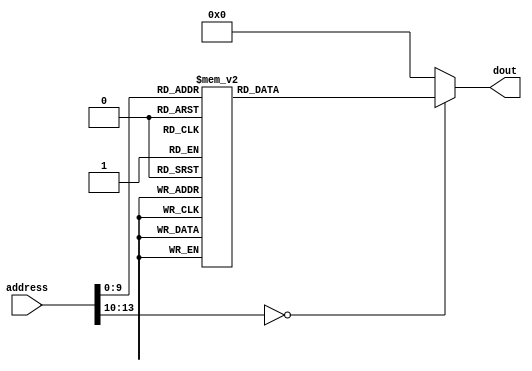
module jedi_lut (
	output reg [15:0] dout,
	input [13:0] address
);

	// Todo: dout could be only 12 bits ?

	always @(address)
	begin
		case (address)
		14'd0 : dout <=  16'd2;
		14'd1 : dout <=  16'd6;
		14'd2 : dout <=  16'd10;
		14'd3 : dout <=  16'd14;
		14'd4 : dout <=  16'd18;
		14'd5 : dout <=  16'd22;
		14'd6 : dout <=  16'd26;
		14'd7 : dout <=  16'd30;
		14'd8 : dout <= -16'd2;
		14'd9 : dout <= -16'd6;
		14'd10 : dout <= -16'd10;
		14'd11 : dout <= -16'd14;
		14'd12 : dout <= -16'd18;
		14'd13 : dout <= -16'd22;
		14'd14 : dout <= -16'd26;
		14'd15 : dout <= -16'd30;
		14'd16 : dout <=  16'd2;
		14'd17 : dout <=  16'd6;
		14'd18 : dout <=  16'd10;
		14'd19 : dout <=  16'd14;
		14'd20 : dout <=  16'd19;
		14'd21 : dout <=  16'd23;
		14'd22 : dout <=  16'd27;
		14'd23 : dout <=  16'd31;
		14'd24 : dout <= -16'd2;
		14'd25 : dout <= -16'd6;
		14'd26 : dout <= -16'd10;
		14'd27 : dout <= -16'd14;
		14'd28 : dout <= -16'd19;
		14'd29 : dout <= -16'd23;
		14'd30 : dout <= -16'd27;
		14'd31 : dout <= -16'd31;
		14'd32 : dout <=  16'd2;
		14'd33 : dout <=  16'd7;
		14'd34 : dout <=  16'd11;
		14'd35 : dout <=  16'd16;
		14'd36 : dout <=  16'd21;
		14'd37 : dout <=  16'd26;
		14'd38 : dout <=  16'd30;
		14'd39 : dout <=  16'd35;
		14'd40 : dout <= -16'd2;
		14'd41 : dout <= -16'd7;
		14'd42 : dout <= -16'd11;
		14'd43 : dout <= -16'd16;
		14'd44 : dout <= -16'd21;
		14'd45 : dout <= -16'd26;
		14'd46 : dout <= -16'd30;
		14'd47 : dout <= -16'd35;
		14'd48 : dout <=  16'd2;
		14'd49 : dout <=  16'd7;
		14'd50 : dout <=  16'd13;
		14'd51 : dout <=  16'd18;
		14'd52 : dout <=  16'd23;
		14'd53 : dout <=  16'd28;
		14'd54 : dout <=  16'd34;
		14'd55 : dout <=  16'd39;
		14'd56 : dout <= -16'd2;
		14'd57 : dout <= -16'd7;
		14'd58 : dout <= -16'd13;
		14'd59 : dout <= -16'd18;
		14'd60 : dout <= -16'd23;
		14'd61 : dout <= -16'd28;
		14'd62 : dout <= -16'd34;
		14'd63 : dout <= -16'd39;
		14'd64 : dout <=  16'd2;
		14'd65 : dout <=  16'd8;
		14'd66 : dout <=  16'd14;
		14'd67 : dout <=  16'd20;
		14'd68 : dout <=  16'd25;
		14'd69 : dout <=  16'd31;
		14'd70 : dout <=  16'd37;
		14'd71 : dout <=  16'd43;
		14'd72 : dout <= -16'd2;
		14'd73 : dout <= -16'd8;
		14'd74 : dout <= -16'd14;
		14'd75 : dout <= -16'd20;
		14'd76 : dout <= -16'd25;
		14'd77 : dout <= -16'd31;
		14'd78 : dout <= -16'd37;
		14'd79 : dout <= -16'd43;
		14'd80 : dout <=  16'd3;
		14'd81 : dout <=  16'd9;
		14'd82 : dout <=  16'd15;
		14'd83 : dout <=  16'd21;
		14'd84 : dout <=  16'd28;
		14'd85 : dout <=  16'd34;
		14'd86 : dout <=  16'd40;
		14'd87 : dout <=  16'd46;
		14'd88 : dout <= -16'd3;
		14'd89 : dout <= -16'd9;
		14'd90 : dout <= -16'd15;
		14'd91 : dout <= -16'd21;
		14'd92 : dout <= -16'd28;
		14'd93 : dout <= -16'd34;
		14'd94 : dout <= -16'd40;
		14'd95 : dout <= -16'd46;
		14'd96 : dout <=  16'd3;
		14'd97 : dout <=  16'd10;
		14'd98 : dout <=  16'd17;
		14'd99 : dout <=  16'd24;
		14'd100 : dout <=  16'd31;
		14'd101 : dout <=  16'd38;
		14'd102 : dout <=  16'd45;
		14'd103 : dout <=  16'd52;
		14'd104 : dout <= -16'd3;
		14'd105 : dout <= -16'd10;
		14'd106 : dout <= -16'd17;
		14'd107 : dout <= -16'd24;
		14'd108 : dout <= -16'd31;
		14'd109 : dout <= -16'd38;
		14'd110 : dout <= -16'd45;
		14'd111 : dout <= -16'd52;
		14'd112 : dout <=  16'd3;
		14'd113 : dout <=  16'd11;
		14'd114 : dout <=  16'd19;
		14'd115 : dout <=  16'd27;
		14'd116 : dout <=  16'd34;
		14'd117 : dout <=  16'd42;
		14'd118 : dout <=  16'd50;
		14'd119 : dout <=  16'd58;
		14'd120 : dout <= -16'd3;
		14'd121 : dout <= -16'd11;
		14'd122 : dout <= -16'd19;
		14'd123 : dout <= -16'd27;
		14'd124 : dout <= -16'd34;
		14'd125 : dout <= -16'd42;
		14'd126 : dout <= -16'd50;
		14'd127 : dout <= -16'd58;
		14'd128 : dout <=  16'd4;
		14'd129 : dout <=  16'd12;
		14'd130 : dout <=  16'd21;
		14'd131 : dout <=  16'd29;
		14'd132 : dout <=  16'd38;
		14'd133 : dout <=  16'd46;
		14'd134 : dout <=  16'd55;
		14'd135 : dout <=  16'd63;
		14'd136 : dout <= -16'd4;
		14'd137 : dout <= -16'd12;
		14'd138 : dout <= -16'd21;
		14'd139 : dout <= -16'd29;
		14'd140 : dout <= -16'd38;
		14'd141 : dout <= -16'd46;
		14'd142 : dout <= -16'd55;
		14'd143 : dout <= -16'd63;
		14'd144 : dout <=  16'd4;
		14'd145 : dout <=  16'd13;
		14'd146 : dout <=  16'd23;
		14'd147 : dout <=  16'd32;
		14'd148 : dout <=  16'd41;
		14'd149 : dout <=  16'd50;
		14'd150 : dout <=  16'd60;
		14'd151 : dout <=  16'd69;
		14'd152 : dout <= -16'd4;
		14'd153 : dout <= -16'd13;
		14'd154 : dout <= -16'd23;
		14'd155 : dout <= -16'd32;
		14'd156 : dout <= -16'd41;
		14'd157 : dout <= -16'd50;
		14'd158 : dout <= -16'd60;
		14'd159 : dout <= -16'd69;
		14'd160 : dout <=  16'd5;
		14'd161 : dout <=  16'd15;
		14'd162 : dout <=  16'd25;
		14'd163 : dout <=  16'd35;
		14'd164 : dout <=  16'd46;
		14'd165 : dout <=  16'd56;
		14'd166 : dout <=  16'd66;
		14'd167 : dout <=  16'd76;
		14'd168 : dout <= -16'd5;
		14'd169 : dout <= -16'd15;
		14'd170 : dout <= -16'd25;
		14'd171 : dout <= -16'd35;
		14'd172 : dout <= -16'd46;
		14'd173 : dout <= -16'd56;
		14'd174 : dout <= -16'd66;
		14'd175 : dout <= -16'd76;
		14'd176 : dout <=  16'd5;
		14'd177 : dout <=  16'd16;
		14'd178 : dout <=  16'd28;
		14'd179 : dout <=  16'd39;
		14'd180 : dout <=  16'd50;
		14'd181 : dout <=  16'd61;
		14'd182 : dout <=  16'd73;
		14'd183 : dout <=  16'd84;
		14'd184 : dout <= -16'd5;
		14'd185 : dout <= -16'd16;
		14'd186 : dout <= -16'd28;
		14'd187 : dout <= -16'd39;
		14'd188 : dout <= -16'd50;
		14'd189 : dout <= -16'd61;
		14'd190 : dout <= -16'd73;
		14'd191 : dout <= -16'd84;
		14'd192 : dout <=  16'd6;
		14'd193 : dout <=  16'd18;
		14'd194 : dout <=  16'd31;
		14'd195 : dout <=  16'd43;
		14'd196 : dout <=  16'd56;
		14'd197 : dout <=  16'd68;
		14'd198 : dout <=  16'd81;
		14'd199 : dout <=  16'd93;
		14'd200 : dout <= -16'd6;
		14'd201 : dout <= -16'd18;
		14'd202 : dout <= -16'd31;
		14'd203 : dout <= -16'd43;
		14'd204 : dout <= -16'd56;
		14'd205 : dout <= -16'd68;
		14'd206 : dout <= -16'd81;
		14'd207 : dout <= -16'd93;
		14'd208 : dout <=  16'd6;
		14'd209 : dout <=  16'd20;
		14'd210 : dout <=  16'd34;
		14'd211 : dout <=  16'd48;
		14'd212 : dout <=  16'd61;
		14'd213 : dout <=  16'd75;
		14'd214 : dout <=  16'd89;
		14'd215 : dout <=  16'd103;
		14'd216 : dout <= -16'd6;
		14'd217 : dout <= -16'd20;
		14'd218 : dout <= -16'd34;
		14'd219 : dout <= -16'd48;
		14'd220 : dout <= -16'd61;
		14'd221 : dout <= -16'd75;
		14'd222 : dout <= -16'd89;
		14'd223 : dout <= -16'd103;
		14'd224 : dout <=  16'd7;
		14'd225 : dout <=  16'd22;
		14'd226 : dout <=  16'd37;
		14'd227 : dout <=  16'd52;
		14'd228 : dout <=  16'd67;
		14'd229 : dout <=  16'd82;
		14'd230 : dout <=  16'd97;
		14'd231 : dout <=  16'd112;
		14'd232 : dout <= -16'd7;
		14'd233 : dout <= -16'd22;
		14'd234 : dout <= -16'd37;
		14'd235 : dout <= -16'd52;
		14'd236 : dout <= -16'd67;
		14'd237 : dout <= -16'd82;
		14'd238 : dout <= -16'd97;
		14'd239 : dout <= -16'd112;
		14'd240 : dout <=  16'd8;
		14'd241 : dout <=  16'd24;
		14'd242 : dout <=  16'd41;
		14'd243 : dout <=  16'd57;
		14'd244 : dout <=  16'd74;
		14'd245 : dout <=  16'd90;
		14'd246 : dout <=  16'd107;
		14'd247 : dout <=  16'd123;
		14'd248 : dout <= -16'd8;
		14'd249 : dout <= -16'd24;
		14'd250 : dout <= -16'd41;
		14'd251 : dout <= -16'd57;
		14'd252 : dout <= -16'd74;
		14'd253 : dout <= -16'd90;
		14'd254 : dout <= -16'd107;
		14'd255 : dout <= -16'd123;
		14'd256 : dout <=  16'd9;
		14'd257 : dout <=  16'd27;
		14'd258 : dout <=  16'd45;
		14'd259 : dout <=  16'd63;
		14'd260 : dout <=  16'd82;
		14'd261 : dout <=  16'd100;
		14'd262 : dout <=  16'd118;
		14'd263 : dout <=  16'd136;
		14'd264 : dout <= -16'd9;
		14'd265 : dout <= -16'd27;
		14'd266 : dout <= -16'd45;
		14'd267 : dout <= -16'd63;
		14'd268 : dout <= -16'd82;
		14'd269 : dout <= -16'd100;
		14'd270 : dout <= -16'd118;
		14'd271 : dout <= -16'd136;
		14'd272 : dout <=  16'd10;
		14'd273 : dout <=  16'd30;
		14'd274 : dout <=  16'd50;
		14'd275 : dout <=  16'd70;
		14'd276 : dout <=  16'd90;
		14'd277 : dout <=  16'd110;
		14'd278 : dout <=  16'd130;
		14'd279 : dout <=  16'd150;
		14'd280 : dout <= -16'd10;
		14'd281 : dout <= -16'd30;
		14'd282 : dout <= -16'd50;
		14'd283 : dout <= -16'd70;
		14'd284 : dout <= -16'd90;
		14'd285 : dout <= -16'd110;
		14'd286 : dout <= -16'd130;
		14'd287 : dout <= -16'd150;
		14'd288 : dout <=  16'd11;
		14'd289 : dout <=  16'd33;
		14'd290 : dout <=  16'd55;
		14'd291 : dout <=  16'd77;
		14'd292 : dout <=  16'd99;
		14'd293 : dout <=  16'd121;
		14'd294 : dout <=  16'd143;
		14'd295 : dout <=  16'd165;
		14'd296 : dout <= -16'd11;
		14'd297 : dout <= -16'd33;
		14'd298 : dout <= -16'd55;
		14'd299 : dout <= -16'd77;
		14'd300 : dout <= -16'd99;
		14'd301 : dout <= -16'd121;
		14'd302 : dout <= -16'd143;
		14'd303 : dout <= -16'd165;
		14'd304 : dout <=  16'd12;
		14'd305 : dout <=  16'd36;
		14'd306 : dout <=  16'd60;
		14'd307 : dout <=  16'd84;
		14'd308 : dout <=  16'd109;
		14'd309 : dout <=  16'd133;
		14'd310 : dout <=  16'd157;
		14'd311 : dout <=  16'd181;
		14'd312 : dout <= -16'd12;
		14'd313 : dout <= -16'd36;
		14'd314 : dout <= -16'd60;
		14'd315 : dout <= -16'd84;
		14'd316 : dout <= -16'd109;
		14'd317 : dout <= -16'd133;
		14'd318 : dout <= -16'd157;
		14'd319 : dout <= -16'd181;
		14'd320 : dout <=  16'd13;
		14'd321 : dout <=  16'd40;
		14'd322 : dout <=  16'd66;
		14'd323 : dout <=  16'd93;
		14'd324 : dout <=  16'd120;
		14'd325 : dout <=  16'd147;
		14'd326 : dout <=  16'd173;
		14'd327 : dout <=  16'd200;
		14'd328 : dout <= -16'd13;
		14'd329 : dout <= -16'd40;
		14'd330 : dout <= -16'd66;
		14'd331 : dout <= -16'd93;
		14'd332 : dout <= -16'd120;
		14'd333 : dout <= -16'd147;
		14'd334 : dout <= -16'd173;
		14'd335 : dout <= -16'd200;
		14'd336 : dout <=  16'd14;
		14'd337 : dout <=  16'd44;
		14'd338 : dout <=  16'd73;
		14'd339 : dout <=  16'd103;
		14'd340 : dout <=  16'd132;
		14'd341 : dout <=  16'd162;
		14'd342 : dout <=  16'd191;
		14'd343 : dout <=  16'd221;
		14'd344 : dout <= -16'd14;
		14'd345 : dout <= -16'd44;
		14'd346 : dout <= -16'd73;
		14'd347 : dout <= -16'd103;
		14'd348 : dout <= -16'd132;
		14'd349 : dout <= -16'd162;
		14'd350 : dout <= -16'd191;
		14'd351 : dout <= -16'd221;
		14'd352 : dout <=  16'd16;
		14'd353 : dout <=  16'd48;
		14'd354 : dout <=  16'd81;
		14'd355 : dout <=  16'd113;
		14'd356 : dout <=  16'd146;
		14'd357 : dout <=  16'd178;
		14'd358 : dout <=  16'd211;
		14'd359 : dout <=  16'd243;
		14'd360 : dout <= -16'd16;
		14'd361 : dout <= -16'd48;
		14'd362 : dout <= -16'd81;
		14'd363 : dout <= -16'd113;
		14'd364 : dout <= -16'd146;
		14'd365 : dout <= -16'd178;
		14'd366 : dout <= -16'd211;
		14'd367 : dout <= -16'd243;
		14'd368 : dout <=  16'd17;
		14'd369 : dout <=  16'd53;
		14'd370 : dout <=  16'd89;
		14'd371 : dout <=  16'd125;
		14'd372 : dout <=  16'd160;
		14'd373 : dout <=  16'd196;
		14'd374 : dout <=  16'd232;
		14'd375 : dout <=  16'd268;
		14'd376 : dout <= -16'd17;
		14'd377 : dout <= -16'd53;
		14'd378 : dout <= -16'd89;
		14'd379 : dout <= -16'd125;
		14'd380 : dout <= -16'd160;
		14'd381 : dout <= -16'd196;
		14'd382 : dout <= -16'd232;
		14'd383 : dout <= -16'd268;
		14'd384 : dout <=  16'd19;
		14'd385 : dout <=  16'd58;
		14'd386 : dout <=  16'd98;
		14'd387 : dout <=  16'd137;
		14'd388 : dout <=  16'd176;
		14'd389 : dout <=  16'd215;
		14'd390 : dout <=  16'd255;
		14'd391 : dout <=  16'd294;
		14'd392 : dout <= -16'd19;
		14'd393 : dout <= -16'd58;
		14'd394 : dout <= -16'd98;
		14'd395 : dout <= -16'd137;
		14'd396 : dout <= -16'd176;
		14'd397 : dout <= -16'd215;
		14'd398 : dout <= -16'd255;
		14'd399 : dout <= -16'd294;
		14'd400 : dout <=  16'd21;
		14'd401 : dout <=  16'd64;
		14'd402 : dout <=  16'd108;
		14'd403 : dout <=  16'd151;
		14'd404 : dout <=  16'd194;
		14'd405 : dout <=  16'd237;
		14'd406 : dout <=  16'd281;
		14'd407 : dout <=  16'd324;
		14'd408 : dout <= -16'd21;
		14'd409 : dout <= -16'd64;
		14'd410 : dout <= -16'd108;
		14'd411 : dout <= -16'd151;
		14'd412 : dout <= -16'd194;
		14'd413 : dout <= -16'd237;
		14'd414 : dout <= -16'd281;
		14'd415 : dout <= -16'd324;
		14'd416 : dout <=  16'd23;
		14'd417 : dout <=  16'd71;
		14'd418 : dout <=  16'd118;
		14'd419 : dout <=  16'd166;
		14'd420 : dout <=  16'd213;
		14'd421 : dout <=  16'd261;
		14'd422 : dout <=  16'd308;
		14'd423 : dout <=  16'd356;
		14'd424 : dout <= -16'd23;
		14'd425 : dout <= -16'd71;
		14'd426 : dout <= -16'd118;
		14'd427 : dout <= -16'd166;
		14'd428 : dout <= -16'd213;
		14'd429 : dout <= -16'd261;
		14'd430 : dout <= -16'd308;
		14'd431 : dout <= -16'd356;
		14'd432 : dout <=  16'd26;
		14'd433 : dout <=  16'd78;
		14'd434 : dout <=  16'd130;
		14'd435 : dout <=  16'd182;
		14'd436 : dout <=  16'd235;
		14'd437 : dout <=  16'd287;
		14'd438 : dout <=  16'd339;
		14'd439 : dout <=  16'd391;
		14'd440 : dout <= -16'd26;
		14'd441 : dout <= -16'd78;
		14'd442 : dout <= -16'd130;
		14'd443 : dout <= -16'd182;
		14'd444 : dout <= -16'd235;
		14'd445 : dout <= -16'd287;
		14'd446 : dout <= -16'd339;
		14'd447 : dout <= -16'd391;
		14'd448 : dout <=  16'd28;
		14'd449 : dout <=  16'd86;
		14'd450 : dout <=  16'd143;
		14'd451 : dout <=  16'd201;
		14'd452 : dout <=  16'd258;
		14'd453 : dout <=  16'd316;
		14'd454 : dout <=  16'd373;
		14'd455 : dout <=  16'd431;
		14'd456 : dout <= -16'd28;
		14'd457 : dout <= -16'd86;
		14'd458 : dout <= -16'd143;
		14'd459 : dout <= -16'd201;
		14'd460 : dout <= -16'd258;
		14'd461 : dout <= -16'd316;
		14'd462 : dout <= -16'd373;
		14'd463 : dout <= -16'd431;
		14'd464 : dout <=  16'd31;
		14'd465 : dout <=  16'd94;
		14'd466 : dout <=  16'd158;
		14'd467 : dout <=  16'd221;
		14'd468 : dout <=  16'd284;
		14'd469 : dout <=  16'd347;
		14'd470 : dout <=  16'd411;
		14'd471 : dout <=  16'd474;
		14'd472 : dout <= -16'd31;
		14'd473 : dout <= -16'd94;
		14'd474 : dout <= -16'd158;
		14'd475 : dout <= -16'd221;
		14'd476 : dout <= -16'd284;
		14'd477 : dout <= -16'd347;
		14'd478 : dout <= -16'd411;
		14'd479 : dout <= -16'd474;
		14'd480 : dout <=  16'd34;
		14'd481 : dout <=  16'd104;
		14'd482 : dout <=  16'd174;
		14'd483 : dout <=  16'd244;
		14'd484 : dout <=  16'd313;
		14'd485 : dout <=  16'd383;
		14'd486 : dout <=  16'd453;
		14'd487 : dout <=  16'd523;
		14'd488 : dout <= -16'd34;
		14'd489 : dout <= -16'd104;
		14'd490 : dout <= -16'd174;
		14'd491 : dout <= -16'd244;
		14'd492 : dout <= -16'd313;
		14'd493 : dout <= -16'd383;
		14'd494 : dout <= -16'd453;
		14'd495 : dout <= -16'd523;
		14'd496 : dout <=  16'd38;
		14'd497 : dout <=  16'd115;
		14'd498 : dout <=  16'd191;
		14'd499 : dout <=  16'd268;
		14'd500 : dout <=  16'd345;
		14'd501 : dout <=  16'd422;
		14'd502 : dout <=  16'd498;
		14'd503 : dout <=  16'd575;
		14'd504 : dout <= -16'd38;
		14'd505 : dout <= -16'd115;
		14'd506 : dout <= -16'd191;
		14'd507 : dout <= -16'd268;
		14'd508 : dout <= -16'd345;
		14'd509 : dout <= -16'd422;
		14'd510 : dout <= -16'd498;
		14'd511 : dout <= -16'd575;
		14'd512 : dout <=  16'd42;
		14'd513 : dout <=  16'd126;
		14'd514 : dout <=  16'd210;
		14'd515 : dout <=  16'd294;
		14'd516 : dout <=  16'd379;
		14'd517 : dout <=  16'd463;
		14'd518 : dout <=  16'd547;
		14'd519 : dout <=  16'd631;
		14'd520 : dout <= -16'd42;
		14'd521 : dout <= -16'd126;
		14'd522 : dout <= -16'd210;
		14'd523 : dout <= -16'd294;
		14'd524 : dout <= -16'd379;
		14'd525 : dout <= -16'd463;
		14'd526 : dout <= -16'd547;
		14'd527 : dout <= -16'd631;
		14'd528 : dout <=  16'd46;
		14'd529 : dout <=  16'd139;
		14'd530 : dout <=  16'd231;
		14'd531 : dout <=  16'd324;
		14'd532 : dout <=  16'd417;
		14'd533 : dout <=  16'd510;
		14'd534 : dout <=  16'd602;
		14'd535 : dout <=  16'd695;
		14'd536 : dout <= -16'd46;
		14'd537 : dout <= -16'd139;
		14'd538 : dout <= -16'd231;
		14'd539 : dout <= -16'd324;
		14'd540 : dout <= -16'd417;
		14'd541 : dout <= -16'd510;
		14'd542 : dout <= -16'd602;
		14'd543 : dout <= -16'd695;
		14'd544 : dout <=  16'd51;
		14'd545 : dout <=  16'd153;
		14'd546 : dout <=  16'd255;
		14'd547 : dout <=  16'd357;
		14'd548 : dout <=  16'd459;
		14'd549 : dout <=  16'd561;
		14'd550 : dout <=  16'd663;
		14'd551 : dout <=  16'd765;
		14'd552 : dout <= -16'd51;
		14'd553 : dout <= -16'd153;
		14'd554 : dout <= -16'd255;
		14'd555 : dout <= -16'd357;
		14'd556 : dout <= -16'd459;
		14'd557 : dout <= -16'd561;
		14'd558 : dout <= -16'd663;
		14'd559 : dout <= -16'd765;
		14'd560 : dout <=  16'd56;
		14'd561 : dout <=  16'd168;
		14'd562 : dout <=  16'd280;
		14'd563 : dout <=  16'd392;
		14'd564 : dout <=  16'd505;
		14'd565 : dout <=  16'd617;
		14'd566 : dout <=  16'd729;
		14'd567 : dout <=  16'd841;
		14'd568 : dout <= -16'd56;
		14'd569 : dout <= -16'd168;
		14'd570 : dout <= -16'd280;
		14'd571 : dout <= -16'd392;
		14'd572 : dout <= -16'd505;
		14'd573 : dout <= -16'd617;
		14'd574 : dout <= -16'd729;
		14'd575 : dout <= -16'd841;
		14'd576 : dout <=  16'd61;
		14'd577 : dout <=  16'd185;
		14'd578 : dout <=  16'd308;
		14'd579 : dout <=  16'd432;
		14'd580 : dout <=  16'd555;
		14'd581 : dout <=  16'd679;
		14'd582 : dout <=  16'd802;
		14'd583 : dout <=  16'd926;
		14'd584 : dout <= -16'd61;
		14'd585 : dout <= -16'd185;
		14'd586 : dout <= -16'd308;
		14'd587 : dout <= -16'd432;
		14'd588 : dout <= -16'd555;
		14'd589 : dout <= -16'd679;
		14'd590 : dout <= -16'd802;
		14'd591 : dout <= -16'd926;
		14'd592 : dout <=  16'd68;
		14'd593 : dout <=  16'd204;
		14'd594 : dout <=  16'd340;
		14'd595 : dout <=  16'd476;
		14'd596 : dout <=  16'd612;
		14'd597 : dout <=  16'd748;
		14'd598 : dout <=  16'd884;
		14'd599 : dout <=  16'd1020;
		14'd600 : dout <= -16'd68;
		14'd601 : dout <= -16'd204;
		14'd602 : dout <= -16'd340;
		14'd603 : dout <= -16'd476;
		14'd604 : dout <= -16'd612;
		14'd605 : dout <= -16'd748;
		14'd606 : dout <= -16'd884;
		14'd607 : dout <= -16'd1020;
		14'd608 : dout <=  16'd74;
		14'd609 : dout <=  16'd224;
		14'd610 : dout <=  16'd373;
		14'd611 : dout <=  16'd523;
		14'd612 : dout <=  16'd672;
		14'd613 : dout <=  16'd822;
		14'd614 : dout <=  16'd971;
		14'd615 : dout <=  16'd1121;
		14'd616 : dout <= -16'd74;
		14'd617 : dout <= -16'd224;
		14'd618 : dout <= -16'd373;
		14'd619 : dout <= -16'd523;
		14'd620 : dout <= -16'd672;
		14'd621 : dout <= -16'd822;
		14'd622 : dout <= -16'd971;
		14'd623 : dout <= -16'd1121;
		14'd624 : dout <=  16'd82;
		14'd625 : dout <=  16'd246;
		14'd626 : dout <=  16'd411;
		14'd627 : dout <=  16'd575;
		14'd628 : dout <=  16'd740;
		14'd629 : dout <=  16'd904;
		14'd630 : dout <=  16'd1069;
		14'd631 : dout <=  16'd1233;
		14'd632 : dout <= -16'd82;
		14'd633 : dout <= -16'd246;
		14'd634 : dout <= -16'd411;
		14'd635 : dout <= -16'd575;
		14'd636 : dout <= -16'd740;
		14'd637 : dout <= -16'd904;
		14'd638 : dout <= -16'd1069;
		14'd639 : dout <= -16'd1233;
		14'd640 : dout <=  16'd90;
		14'd641 : dout <=  16'd271;
		14'd642 : dout <=  16'd452;
		14'd643 : dout <=  16'd633;
		14'd644 : dout <=  16'd814;
		14'd645 : dout <=  16'd995;
		14'd646 : dout <=  16'd1176;
		14'd647 : dout <=  16'd1357;
		14'd648 : dout <= -16'd90;
		14'd649 : dout <= -16'd271;
		14'd650 : dout <= -16'd452;
		14'd651 : dout <= -16'd633;
		14'd652 : dout <= -16'd814;
		14'd653 : dout <= -16'd995;
		14'd654 : dout <= -16'd1176;
		14'd655 : dout <= -16'd1357;
		14'd656 : dout <=  16'd99;
		14'd657 : dout <=  16'd298;
		14'd658 : dout <=  16'd497;
		14'd659 : dout <=  16'd696;
		14'd660 : dout <=  16'd895;
		14'd661 : dout <=  16'd1094;
		14'd662 : dout <=  16'd1293;
		14'd663 : dout <=  16'd1492;
		14'd664 : dout <= -16'd99;
		14'd665 : dout <= -16'd298;
		14'd666 : dout <= -16'd497;
		14'd667 : dout <= -16'd696;
		14'd668 : dout <= -16'd895;
		14'd669 : dout <= -16'd1094;
		14'd670 : dout <= -16'd1293;
		14'd671 : dout <= -16'd1492;
		14'd672 : dout <=  16'd109;
		14'd673 : dout <=  16'd328;
		14'd674 : dout <=  16'd547;
		14'd675 : dout <=  16'd766;
		14'd676 : dout <=  16'd985;
		14'd677 : dout <=  16'd1204;
		14'd678 : dout <=  16'd1423;
		14'd679 : dout <=  16'd1642;
		14'd680 : dout <= -16'd109;
		14'd681 : dout <= -16'd328;
		14'd682 : dout <= -16'd547;
		14'd683 : dout <= -16'd766;
		14'd684 : dout <= -16'd985;
		14'd685 : dout <= -16'd1204;
		14'd686 : dout <= -16'd1423;
		14'd687 : dout <= -16'd1642;
		14'd688 : dout <=  16'd120;
		14'd689 : dout <=  16'd361;
		14'd690 : dout <=  16'd601;
		14'd691 : dout <=  16'd842;
		14'd692 : dout <=  16'd1083;
		14'd693 : dout <=  16'd1324;
		14'd694 : dout <=  16'd1564;
		14'd695 : dout <=  16'd1805;
		14'd696 : dout <= -16'd120;
		14'd697 : dout <= -16'd361;
		14'd698 : dout <= -16'd601;
		14'd699 : dout <= -16'd842;
		14'd700 : dout <= -16'd1083;
		14'd701 : dout <= -16'd1324;
		14'd702 : dout <= -16'd1564;
		14'd703 : dout <= -16'd1805;
		14'd704 : dout <=  16'd132;
		14'd705 : dout <=  16'd397;
		14'd706 : dout <=  16'd662;
		14'd707 : dout <=  16'd927;
		14'd708 : dout <=  16'd1192;
		14'd709 : dout <=  16'd1457;
		14'd710 : dout <=  16'd1722;
		14'd711 : dout <=  16'd1987;
		14'd712 : dout <= -16'd132;
		14'd713 : dout <= -16'd397;
		14'd714 : dout <= -16'd662;
		14'd715 : dout <= -16'd927;
		14'd716 : dout <= -16'd1192;
		14'd717 : dout <= -16'd1457;
		14'd718 : dout <= -16'd1722;
		14'd719 : dout <= -16'd1987;
		14'd720 : dout <=  16'd145;
		14'd721 : dout <=  16'd437;
		14'd722 : dout <=  16'd728;
		14'd723 : dout <=  16'd1020;
		14'd724 : dout <=  16'd1311;
		14'd725 : dout <=  16'd1603;
		14'd726 : dout <=  16'd1894;
		14'd727 : dout <=  16'd2186;
		14'd728 : dout <= -16'd145;
		14'd729 : dout <= -16'd437;
		14'd730 : dout <= -16'd728;
		14'd731 : dout <= -16'd1020;
		14'd732 : dout <= -16'd1311;
		14'd733 : dout <= -16'd1603;
		14'd734 : dout <= -16'd1894;
		14'd735 : dout <= -16'd2186;
		14'd736 : dout <=  16'd160;
		14'd737 : dout <=  16'd480;
		14'd738 : dout <=  16'd801;
		14'd739 : dout <=  16'd1121;
		14'd740 : dout <=  16'd1442;
		14'd741 : dout <=  16'd1762;
		14'd742 : dout <=  16'd2083;
		14'd743 : dout <=  16'd2403;
		14'd744 : dout <= -16'd160;
		14'd745 : dout <= -16'd480;
		14'd746 : dout <= -16'd801;
		14'd747 : dout <= -16'd1121;
		14'd748 : dout <= -16'd1442;
		14'd749 : dout <= -16'd1762;
		14'd750 : dout <= -16'd2083;
		14'd751 : dout <= -16'd2403;
		14'd752 : dout <=  16'd176;
		14'd753 : dout <=  16'd529;
		14'd754 : dout <=  16'd881;
		14'd755 : dout <=  16'd1234;
		14'd756 : dout <=  16'd1587;
		14'd757 : dout <=  16'd1940;
		14'd758 : dout <=  16'd2292;
		14'd759 : dout <=  16'd2645;
		14'd760 : dout <= -16'd176;
		14'd761 : dout <= -16'd529;
		14'd762 : dout <= -16'd881;
		14'd763 : dout <= -16'd1234;
		14'd764 : dout <= -16'd1587;
		14'd765 : dout <= -16'd1940;
		14'd766 : dout <= -16'd2292;
		14'd767 : dout <= -16'd2645;
		14'd768 : dout <=  16'd194;
		14'd769 : dout <=  16'd582;
		14'd770 : dout <=  16'd970;
		14'd771 : dout <=  16'd1358;
		14'd772 : dout <=  16'd1746;
		14'd773 : dout <=  16'd2134;
		14'd774 : dout <=  16'd2522;
		14'd775 : dout <=  16'd2910;
		14'd776 : dout <= -16'd194;
		14'd777 : dout <= -16'd582;
		14'd778 : dout <= -16'd970;
		14'd779 : dout <= -16'd1358;
		14'd780 : dout <= -16'd1746;
		14'd781 : dout <= -16'd2134;
		14'd782 : dout <= -16'd2522;
		14'd783 : dout <= -16'd2910;
		default : dout <= 16'd0;
		endcase
	end

endmodule